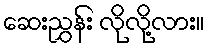
ဆေးညွှန်း လိုလို့လား။